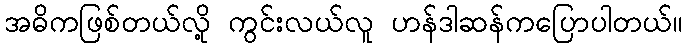
အဓိကဖြစ်တယ်လို့ ကွင်းလယ်လူ ဟန်ဒါဆန်ကပြောပါတယ်။